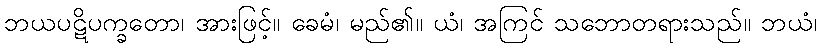
ဘယပဋိပက္ခတော၊ အားဖြင့်။ ခေမံ၊ မည်၏။ ယံ၊ အကြင် သဘောတရားသည်။ ဘယံ၊